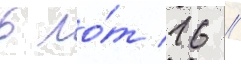
в ло́т 16 //